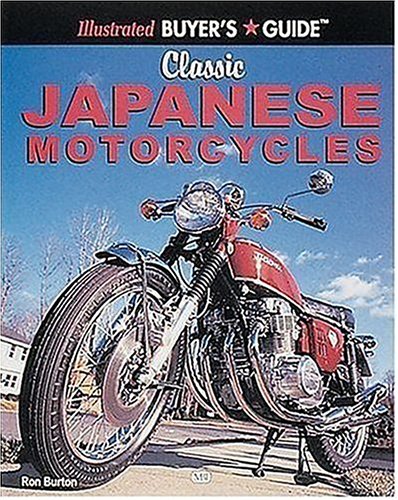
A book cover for Classic Japanese Motorcycles (Motorbooks International Illustrated Buyer's Guide); Ron Burton; Engineering & Transportation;